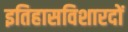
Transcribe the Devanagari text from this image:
इतिहासविशारदों